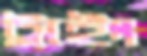
ট্রাইং